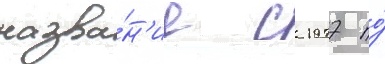
назва́н'ие с 1977 по́